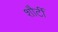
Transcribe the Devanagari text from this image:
शौर्टी